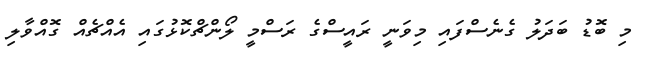
މި ބޮޑު ބަދަލު ގެނެސްފައި މިވަނީ ރައީސްގެ ރަސްމީ ލޯންޗްކޮޅުގައި އެއްޗެއް ގޮއްވާލި